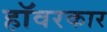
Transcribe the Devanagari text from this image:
हॉवरकार